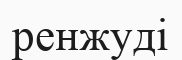
ренжуді